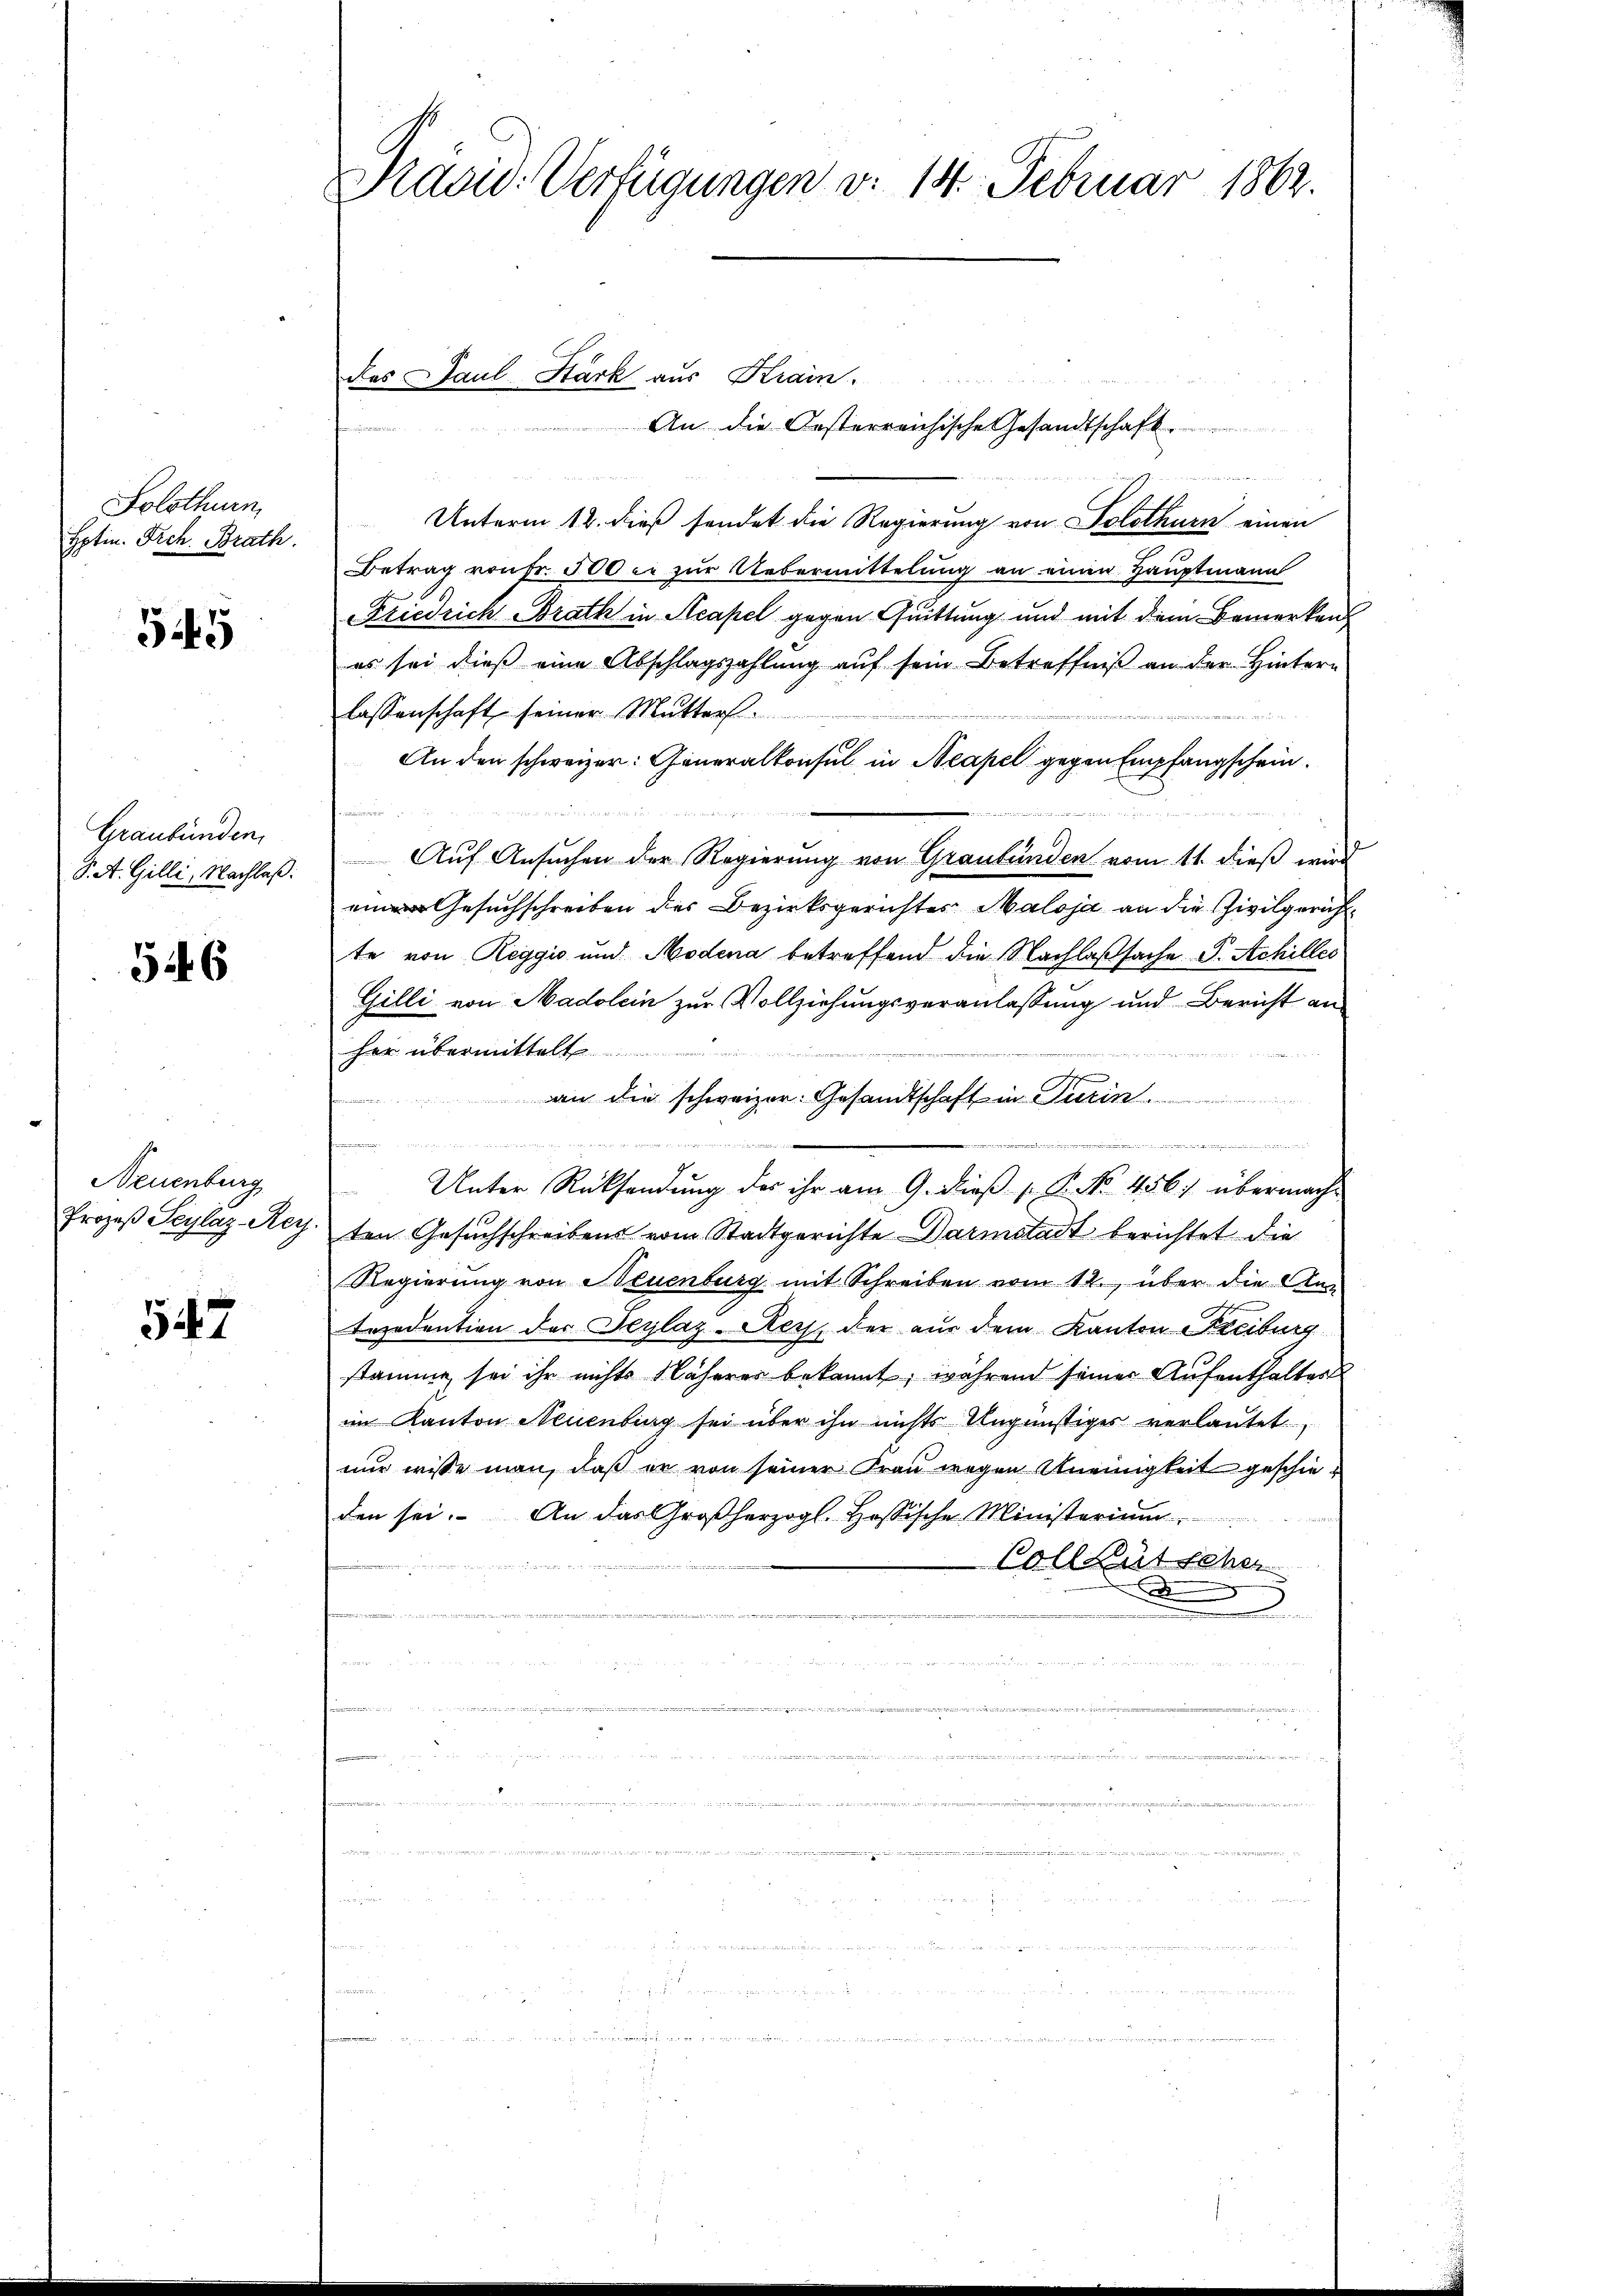
Solothurn
Hptin. Frch. Brath.

545

Graubünden,
S. A. Gilli, Nachlaß:

546

Neuenburg

547

Prasis Verfügungen v. 14. Februar 1862.

An die Oesterreichische Gesandtschaft

Unterm 12. dieß sendet die Regierung von Solothurn einen
Betrag von Fr. 500 er zur Uebermittelung an einen Hauptmann
Friedrich Brath in Acapel gegen Quittung und mit dem Bemerkens
es sei dieβ eine Abschlagszahlŭng aŭf sein Betreffniβ an der Hintern
lassenschaft seiner Mutters.
An den schweizer: Generalkonsul in Neapel gegen Empfangschein.

Auf Ansuchen der Regierung von Graubünden vom 11. dieß wird
Gesuchschreiben der Bezirksgerichtes Maloja an die Zivilgerichtte von Reggis und Modena betreffend die Nachlaßsache P. Achilles
Gilli von Madolein zur Vollziehungsveranlassung und Bericht an
her übermittelt
an die schweizer Gesandtschaft in Turin

Unter Rücksendung der ihr am 9. dieß P. P. No. 456. übermach¬
Prozeβ Scylaz Acy. ten Gesuchschreibens vom Stadtgerichte Darmstadt berichtet die
Regierung von Neuenburg mit Schreiben vom 12. über die Antezedention der Beylaz-Rec, der aus dem Kanton Freiburg
stamme sei ihr nichts Näherer bekannt, während seiner Aufenthaltes
im Kanton Neuenburg sei über ihn nichts Ungünstiges verlautet.
nur wisse man, daß er von seiner Frau wegen Uneinigkeit geschieden sei. An das Großherzogl. Hassische Ministerium
Bollwütschr
Eigen ge
.
a
n

in
.

in wesenen

m
a
Bier eine
und

s

u
i
i

das Paul Stärk aus Krain.